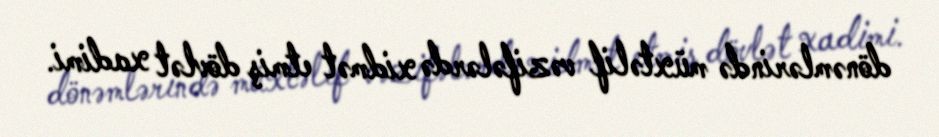
dönəmlərində müxtəlif vəzifələrdə xidmət etmiş dövlət xadimi.